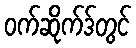
ဝက်ဆိုက်ဒ်တွင်